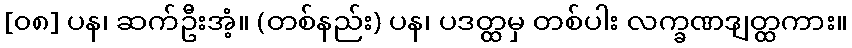
[၀၈] ပန၊ ဆက်ဦးအံ့။ (တစ်နည်း) ပန၊ ပဒတ္ထမှ တစ်ပါး လက္ခဏဒျတ္ထကား။